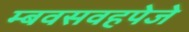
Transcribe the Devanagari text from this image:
म्बवसवहपेजे